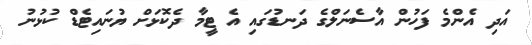
އަދި އެންމެ ފަހުން އާސެނަލްގެ ދަނޑުގައި އެ ޓީމާ ދެކޮޅަށް ޔުނައިޓެޑް ކުޅުނު